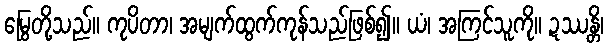
မြွေတို့သည်။ ကုပိတာ၊ အမျက်ထွက်ကုန်သည်ဖြစ်၍။ ယံ၊ အကြင်သူကို။ ဍဿန္တိ၊